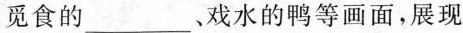
觅食的___。戏水的鸭等画面，展现